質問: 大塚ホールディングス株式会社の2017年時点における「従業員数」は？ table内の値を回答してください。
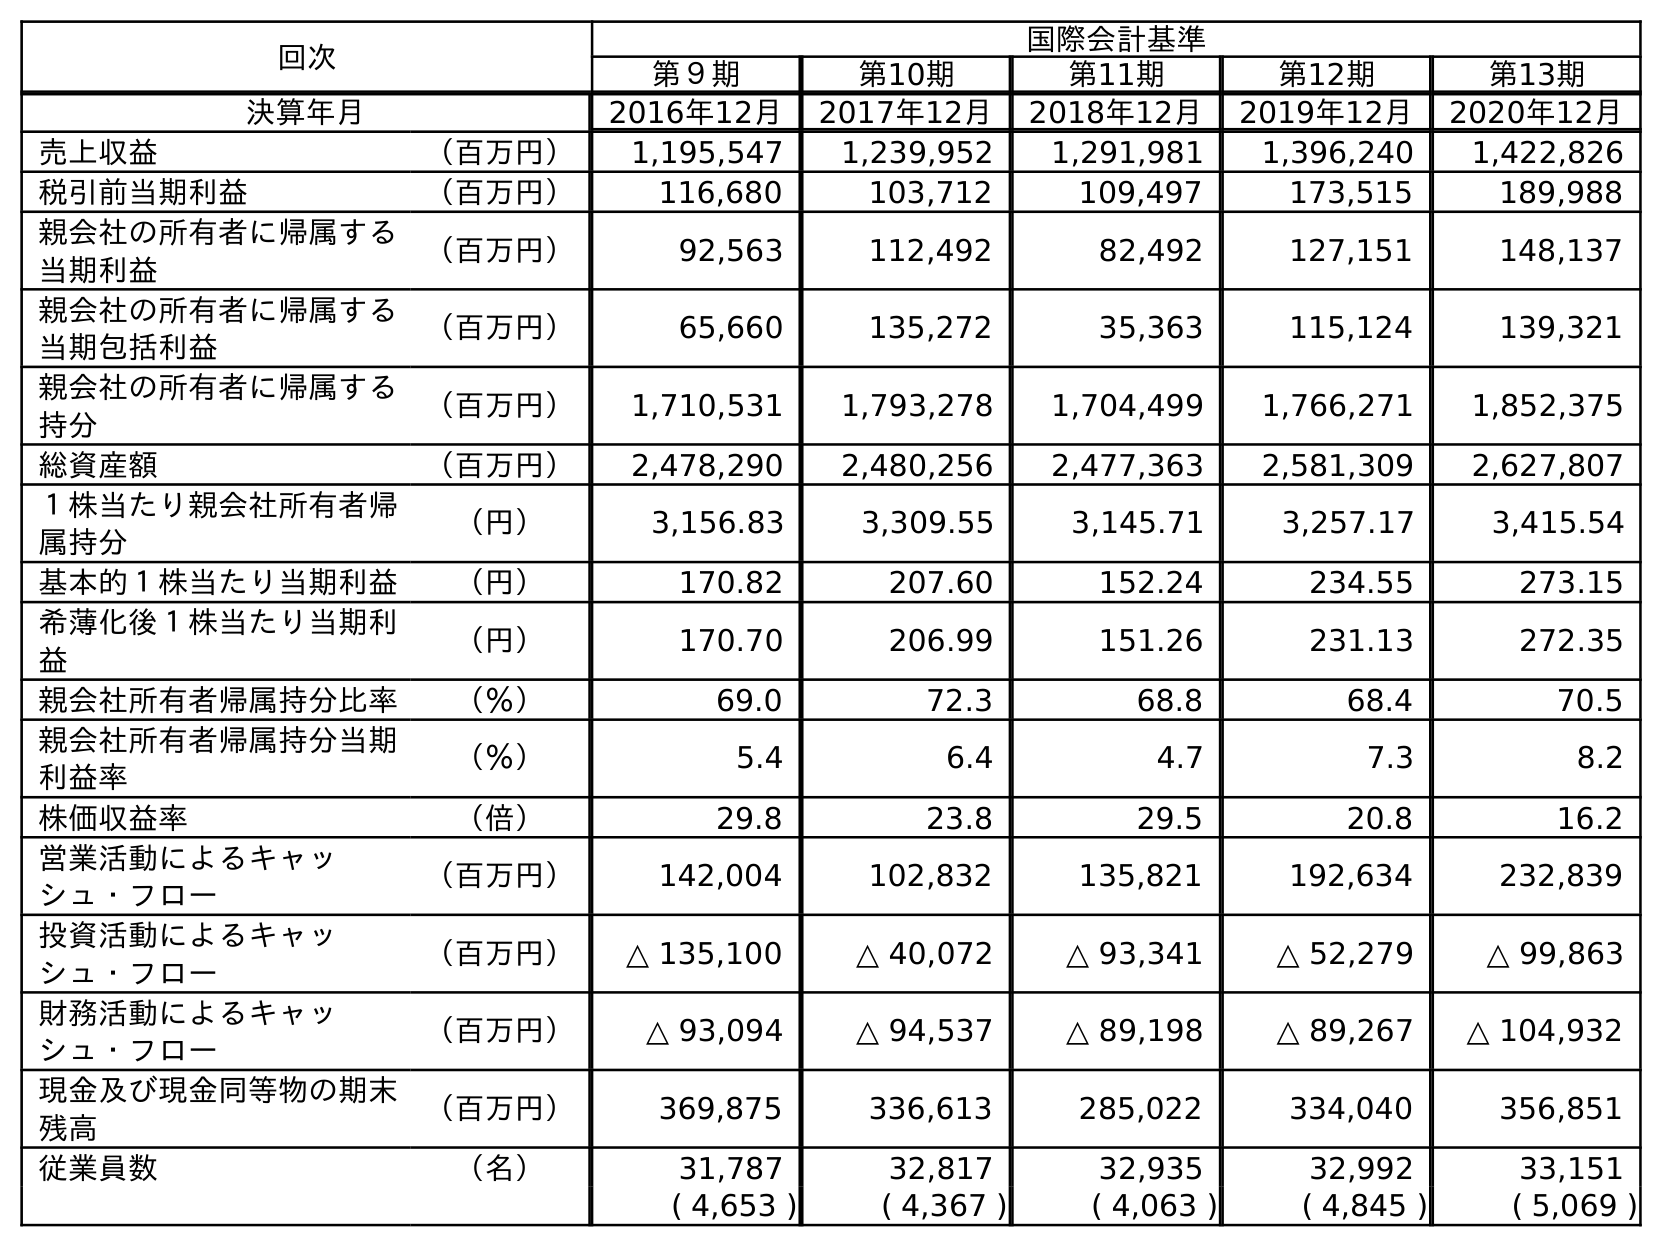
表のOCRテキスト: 回次 国際会計基準 第９期 第10期 第11期 第12期 第13期 決算年月 2016年12月 2017年12月 2018年12月 2019年12月 2020年12月 売上収益 （百万円） 1,195,547 1,239,952 1,291,981 1,396,240 1,422,826 税引前当期利益 （百万円） 116,680 103,712 109,497 173,515 189,988 親会社の所有者に帰属する 当期利益 （百万円） 92,563 112,492 82,492 127,151 148,137 親会社の所有者に帰属する 当期包括利益 （百万円） 65,660 135,272 35,363 115,124 139,321 親会社の所有者に帰属する 持分 （百万円） 1,710,531 1,793,278 1,704,499 1,766,271 1,852,375 総資産額 （百万円） 2,478,290 2,480,256 2,477,363 2,581,309 2,627,807 １株当たり親会社所有者帰 属持分 （円） 3,156.83 3,309.55 3,145.71 3,257.17 3,415.54 基本的１株当たり当期利益 （円） 170.82 207.60 152.24 234.55 273.15 希薄化後１株当たり当期利 益 （円） 170.70 206.99 151.26 231.13 272.35 親会社所有者帰属持分比率 （％） 69.0 72.3 68.8 68.4 70.5 親会社所有者帰属持分当期 利益率 （％） 5.4 6.4 4.7 7.3 8.2 株価収益率 （倍） 29.8 23.8 29.5 20.8 16.2 営業活動によるキャッ シュ・フロー （百万円） 142,004 102,832 135,821 192,634 232,839 投資活動によるキャッ シュ・フロー （百万円） △ 135,100 △ 40,072 △ 93,341 △ 52,279 △ 99,863 財務活動によるキャッ シュ・フロー （百万円） △ 93,094 △ 94,537 △ 89,198 △ 89,267 △ 104,932 現金及び現金同等物の期末 残高 （百万円） 369,875 336,613 285,022 334,040 356,851 従業員数 （名） 31,787 32,817 32,935 32,992 33,151 ( 4,653 ) ( 4,367 ) ( 4,063 ) ( 4,845 ) ( 5,069 )
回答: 32,817